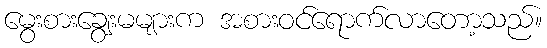
မွေးစားချွေးမများက အစားဝင်ရောက်လာတော့သည်။